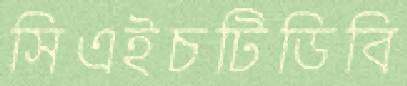
সিএইচটিডিবি